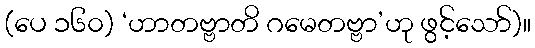
(ပေ ၁၆၀) ‘ဟာတဗ္ဗာတိ ဂမေတဗ္ဗာ’ဟု ဖွင့်သော်)။